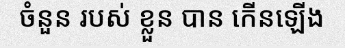
ចំនួន របស់ ខ្លួន បាន កើនឡើង